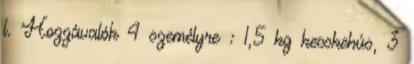
l. Hozzávalók 4 személyre : 1,5 kg kecskehús, 3